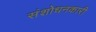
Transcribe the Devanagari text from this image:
संशोधनकारी